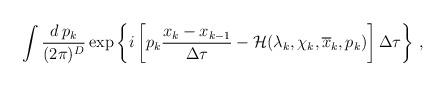
LaTeX: \begin{align*}\int \frac{d\,p_k}{(2\pi)^D}\exp \left\{ i \left[p_k\frac{x_k-x_{k-1}}{\Delta\tau} - {\cal H}(\lambda_k,\chi_k,\overline{x}_k,p_k) \right]\Delta\tau\right\} \,,\end{align*}